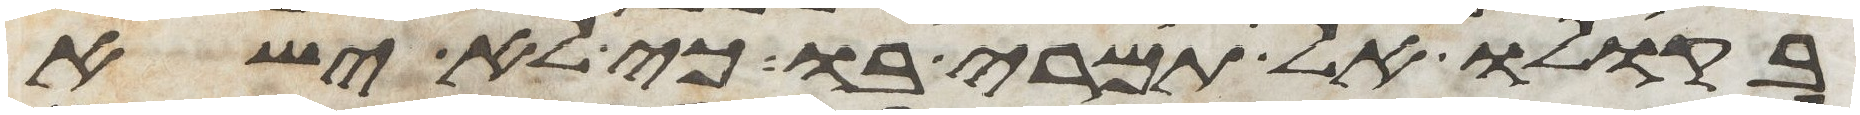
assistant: בקולו אל תמרי בו כי לא ישא